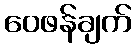
ဝေဖန်ချက်